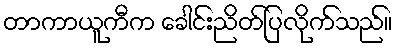
တာကာယူကီက ခေါင်းညိတ်ပြလိုက်သည်။